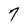
Character: 7